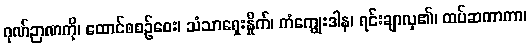
ဂုဏ်ဉာဏကို၊ ထောင်စစဉ်ဝေး၊ သံသာရှေးနှိုက်၊ ကံကျွေးဒါန၊ ရင်းချာလှ၏၊ ထပ်ဆကာကာ၊